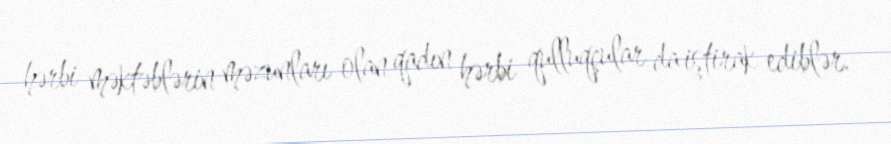
hərbi məktəblərin məzunları olan qadın hərbi qulluqçular da iştirak ediblər.